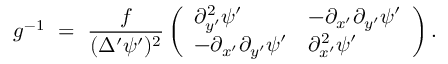
g ^ { - 1 } \ = \ \frac { f } { ( \Delta ^ { \prime } \psi ^ { \prime } ) ^ { 2 } } \left( \begin{array} { l l } { \partial _ { y ^ { \prime } } ^ { 2 } \psi ^ { \prime } } & { - \partial _ { x ^ { \prime } } \partial _ { y ^ { \prime } } \psi ^ { \prime } } \\ { - \partial _ { x ^ { \prime } } \partial _ { y ^ { \prime } } \psi ^ { \prime } } & { \partial _ { x ^ { \prime } } ^ { 2 } \psi ^ { \prime } } \end{array} \right) .